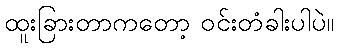
ထူးခြားတာကတော့ ဝင်းတံခါးပါပဲ။